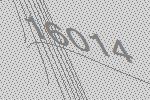
16014